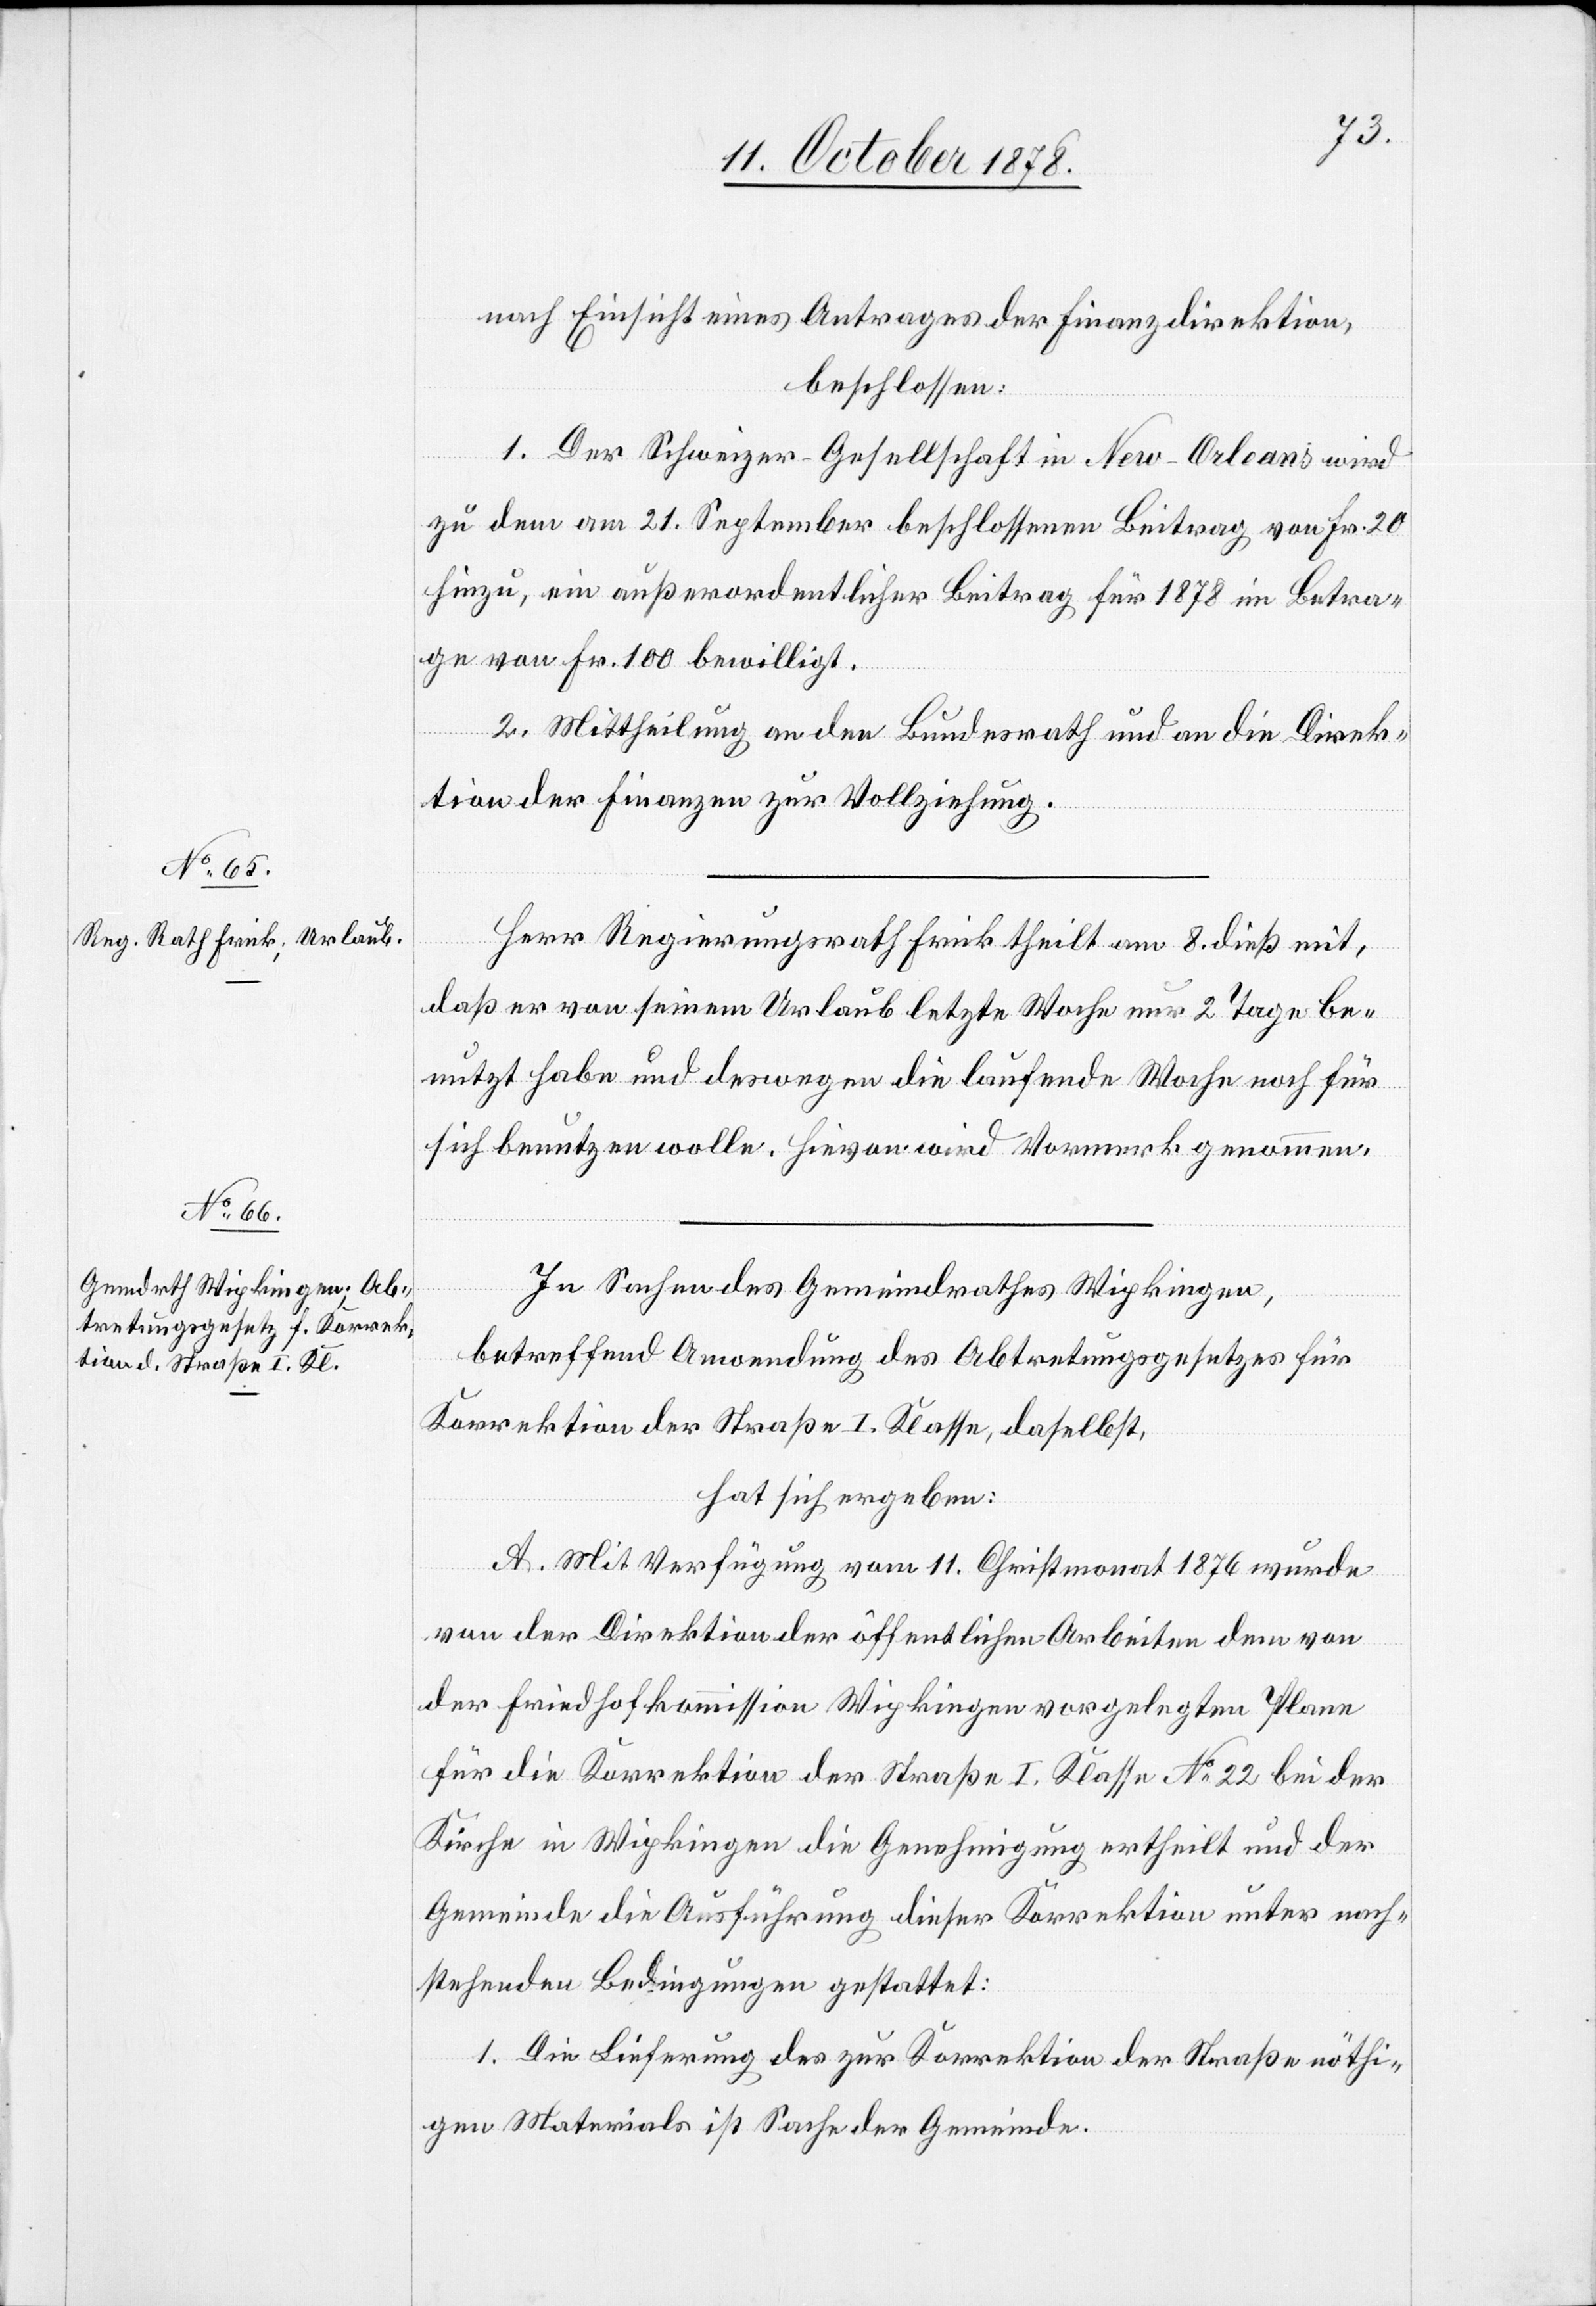
nach Einsicht eines Antrages der Finanzdirektion,
beschlossen:
1. Der Schweizer-Gesellschaft in New-Orleans wird
zu dem am 21. September beschlossenen Beitrag von Fr. 20
hinzu, ein außerordentlicher Beitrag für 1878 im Betra¬
ge von Fr. 100 bewilligt.
2. Mittheilung an den Bundesrath und an die Direk¬
tion der Finanzen zur Vollziehung.
Herr Regierungsrath Frick theilt am 8. dieß mit,
daß er von seinem Urlaub letzte Woche nur 2 Tage be¬
nutzt habe und deswegen die laufende Woche noch für
sich benutzen wolle. Hievon wird Vormerk genommen.
In Sachen des Gemeindrathes Wipkingen,
betreffend Anwendung des Abtretungsgesetzes für
Korrektion der Straße I. Klasse, daselbst,
hat sich ergeben:
A. Mit Verfügung vom 11. Christmonat 1876 wurde
von der Direktion der öffentlichen Arbeiten dem von
der Friedhofkommission Wipkingen vorgelegten Plane
für die Korrektion der Straße I. Klasse No 22 bei der
Kirche in Wipkingen die Genehmigung ertheilt und der
Gemeinde die Ausführung dieser Korrektion unter nach¬
stehenden Bedingungen gestattet.
1. Die Lieferung des zur Korrektion der Straße nöthi¬
gen Materials ist Sache der Gemeinde.